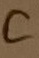
Text: C